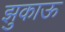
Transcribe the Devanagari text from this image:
झुकाऊ